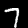
Label: 7